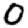
Digit: 0